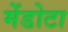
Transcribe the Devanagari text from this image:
मेंडोटा